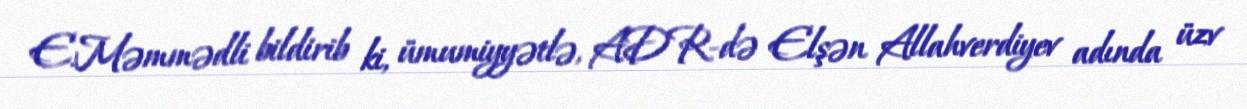
E.Məmmədli bildirib ki, ümumiyyətlə, ADR-də Elşən Allahverdiyev adında üzv